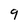
Character: 9